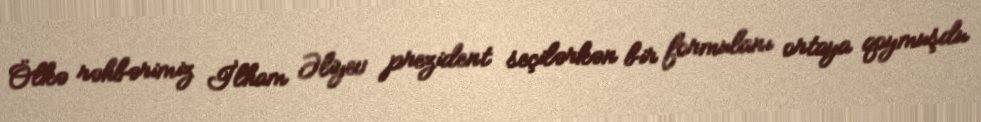
Ölkə rəhbərimiz İlham Əliyev prezident seçilərkən bir formulanı ortaya qoymuşdu